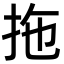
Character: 拖